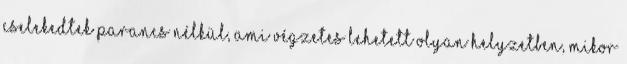
cselekedtek parancs nélkül, ami végzetes lehetett olyan helyzetben, mikor